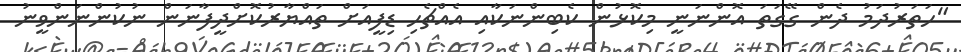
"ހަތަރުދަމު ދެން ގޭގަތަ އޮންނަނީ މިކޮޅުން ކެބިންނަކާއި އެއްޗެހި ޑިފީއަށް ތައްޔާރުކޮށްދީފާނަން ނުކުންނަންވީނު